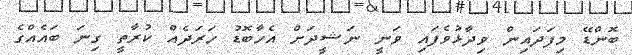
ބޮންޑޭ މިފަދައިން ވިދާޅުވެފައި ވަނީ ނަޝީދަށް އެހާބޮޑު ހަރަދެއް ކުރާތީ ގިނަ ބައެއްގެ